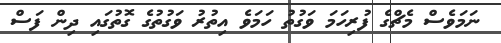
ނަމަވެސް މެޗްގެ ފުރިހަމަ ވަގުތު ހަމަވެ އިތުރު ވަގުތުގެ ގޮތުގައި ދިން ފަސް